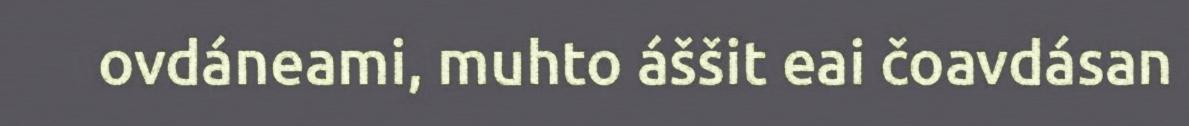
ovdáneami, muhto áššit eai čoavdásan